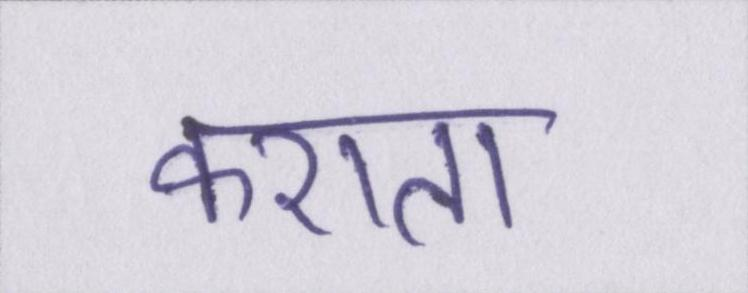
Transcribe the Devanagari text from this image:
कराता